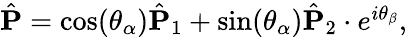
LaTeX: \begin{array}{r}{\hat{\mathbf P}=\cos(\theta_{\alpha})\hat{\mathbf P}_{1}+\sin(\theta_{\alpha})\hat{\mathbf P}_{2}\cdot e^{i\theta_{\beta}},}\end{array}